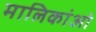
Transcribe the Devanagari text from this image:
मालिकांओ